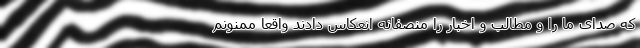
که صدای ما را و مطالب و اخبار را منصفانه انعکاس دادند واقعا ممنونم